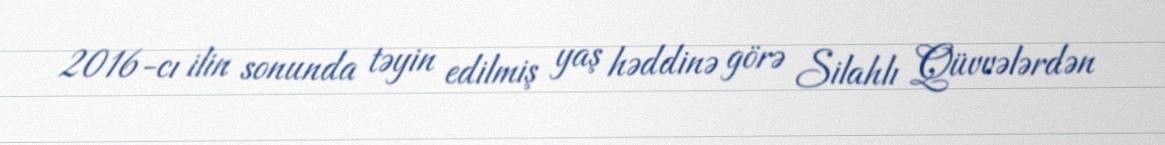
2016-cı ilin sonunda təyin edilmiş yaş həddinə görə Silahlı Qüvvələrdən